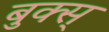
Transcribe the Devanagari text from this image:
बुक्स्